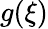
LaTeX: g(\xi)